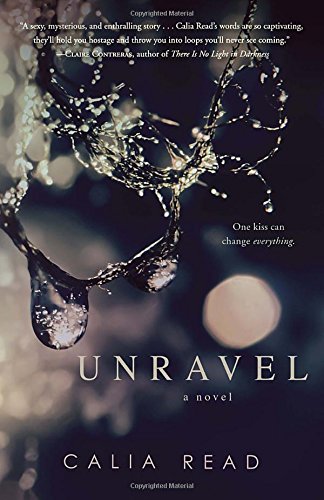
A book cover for Unravel: A Novel; Calia Read; Romance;